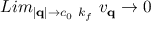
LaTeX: L i m _ { | { \bf { q } } | \rightarrow c _ { 0 } \mathrm { ~ } k _ { f } } \mathrm { ~ } v _ { { \bf { q } } } \rightarrow 0